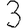
Digit: 3